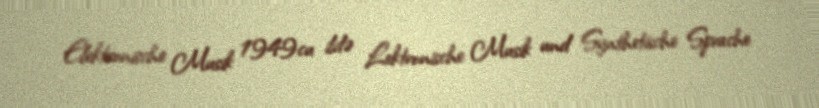
Elektronische Musik 1949cu ildə Lektronische Musik und Synthetische Sprache